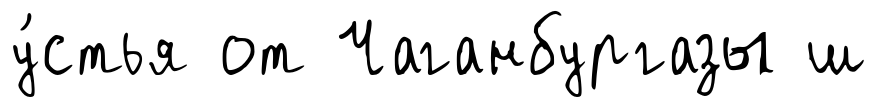
у́стья от Чаганбургазы ш